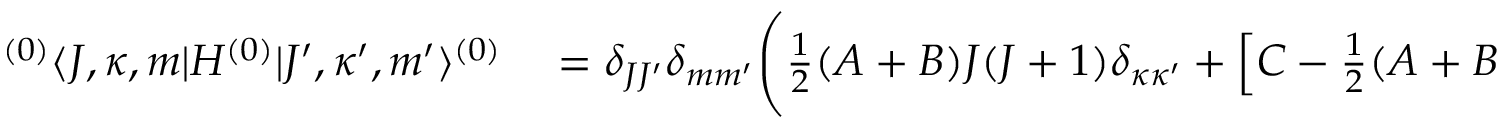
\begin{array} { r l } { { } ^ { ( 0 ) } \langle J , \kappa , m | H ^ { ( 0 ) } | J ^ { \prime } , \kappa ^ { \prime } , m ^ { \prime } \rangle ^ { ( 0 ) } } & { { } = \delta _ { J J ^ { \prime } } \delta _ { m m ^ { \prime } } \Bigg ( \frac { 1 } { 2 } ( A + B ) J ( J + 1 ) \delta _ { \kappa \kappa ^ { \prime } } + \left[ C - \frac { 1 } { 2 } ( A + B ) \right] k ^ { 2 } \delta _ { \kappa \kappa ^ { \prime } } } \end{array}